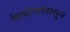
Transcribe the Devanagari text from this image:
त्रिकोणांपासून